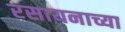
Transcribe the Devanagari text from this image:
रसायनाच्या